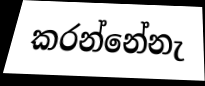
කරන්නේනැ